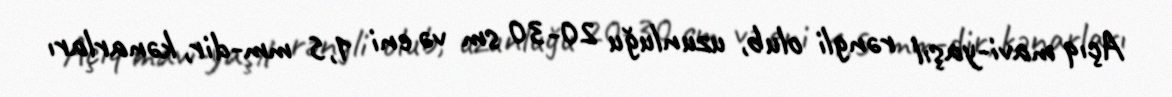
Açıq mavi-yaşıl rəngli olub, uzunluğu 20-30 sm və eni 1,5 mm-dir, kənarları